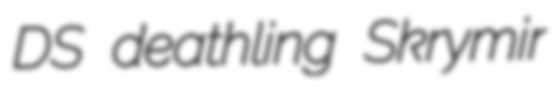
DS deathling Skrymir